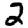
Digit: 2